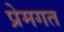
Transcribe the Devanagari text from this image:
प्रेमगत